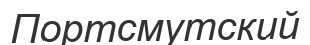
Портсмутский